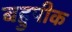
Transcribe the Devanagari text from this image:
बहुपीक